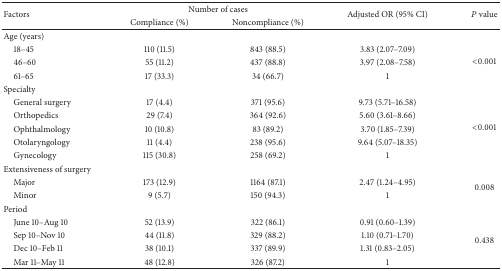
| <ROWSPAN=2> Factors | <COLSPAN=2> Number of cases | <ROWSPAN=2> Adjusted OR (95% CI) | <ROWSPAN=2> P value |
 | Compliance (%) | Noncompliance (%) |
 | --- | --- | --- | --- | --- |
 | Age (years) |  |  |  |  |
 | 18–45 | 110 (11.5) | 843 (88.5) | 3.83 (2.07–7.09) | <ROWSPAN=3> <0.001 |
 | 46–60 | 55 (11.2) | 437 (88.8) | 3.97 (2.08–7.58) |
 | 61–65 | 17 (33.3) | 34 (66.7) | 1 |
 | Specialty |  |  |  |  |
 | General surgery | 17 (4.4) | 371 (95.6) | 9.73 (5.71–16.58) | <ROWSPAN=5> <0.001 |
 | Orthopedics | 29 (7.4) | 364 (92.6) | 5.60 (3.61–8.66) |
 | Ophthalmology | 10 (10.8) | 83 (89.2) | 3.70 (1.85–7.39) |
 | Otolaryngology | 11 (4.4) | 238 (95.6) | 9.64 (5.07–18.35) |
 | Gynecology | 115 (30.8) | 258 (69.2) | 1 |
 | Extensiveness of surgery |  |  |  |  |
 | Major | 173 (12.9) | 1164 (87.1) | 2.47 (1.24–4.95) | <ROWSPAN=2> 0.008 |
 | Minor | 9 (5.7) | 150 (94.3) | 1 |
 | Period |  |  |  |  |
 | June 10–Aug 10 | 52 (13.9) | 322 (86.1) | 0.91 (0.60–1.39) | <ROWSPAN=4> 0.438 |
 | Sep 10–Nov 10 | 44 (11.8) | 329 (88.2) | 1.10 (0.71–1.70) |
 | Dec 10–Feb 11 | 38 (10.1) | 337 (89.9) | 1.31 (0.83–2.05) |
 | Mar 11–May 11 | 48 (12.8) | 326 (87.2) | 1 |